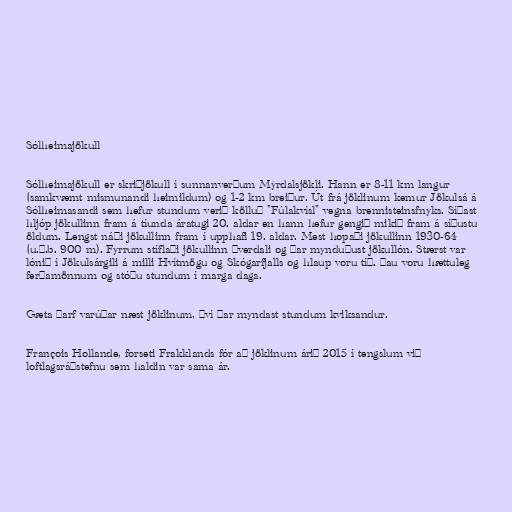
Sólheimajökull

Sólheimajökull er skriðjökull í sunnanverðum Mýrdalsjökli. Hann er 8-11 km langur
(samkvæmt mismunandi heimildum) og 1-2 km breiður. Út frá jöklinum kemur Jökulsá á
Sólheimasandi sem hefur stundum verið kölluð "Fúlakvísl" vegna brennisteinsfnyks. Síðast
hljóp jökullinn fram á tíunda áratugi 20. aldar en hann hefur gengið mikið fram á síðustu
öldum. Lengst náði jökullinn fram í upphafi 19. aldar. Mest hopaði jökullinn 1930-64
(u.þ.b. 900 m). Fyrrum stíflaði jökullinn þverdali og þar mynduðust jökullón. Stærst var
lónið í Jökulsárgili á milli Hvítmögu og Skógarfjalls og hlaup voru tíð. Þau voru hættuleg
ferðamönnum og stóðu stundum í marga daga.

Gæta þarf varúðar næst jöklinum, því þar myndast stundum kviksandur.

François Hollande, forseti Frakklands fór að jöklinum árið 2015 í tengslum við
loftlagsráðstefnu sem haldin var sama ár.